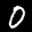
Label: 0